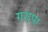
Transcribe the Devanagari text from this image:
गरापा